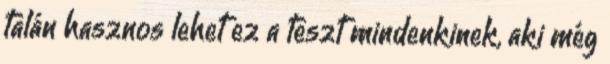
talán hasznos lehet ez a teszt mindenkinek, aki még